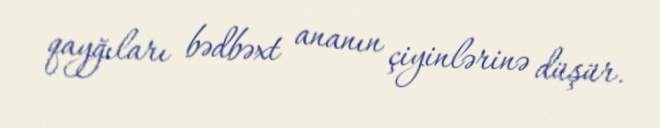
qayğıları bədbəxt ananın çiyinlərinə düşür.